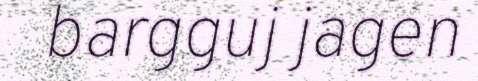
bargguj jagen